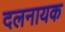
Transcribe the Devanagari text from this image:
दलनायक